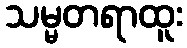
သမ္မတရာထူး